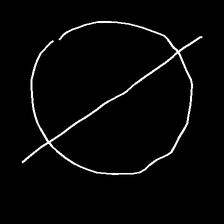
Glyph: orb